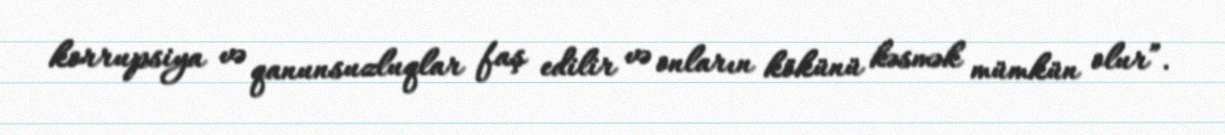
korrupsiya və qanunsuzluqlar faş edilir və onların kökünü kəsmək mümkün olur”.